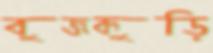
বুজকুড়ি